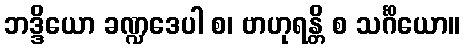
ဘဒ္ဒိယော ခဏ္ဍဒေပါ စ၊ ဗာဟုရန္တိ စ သင်္ဂိယော။